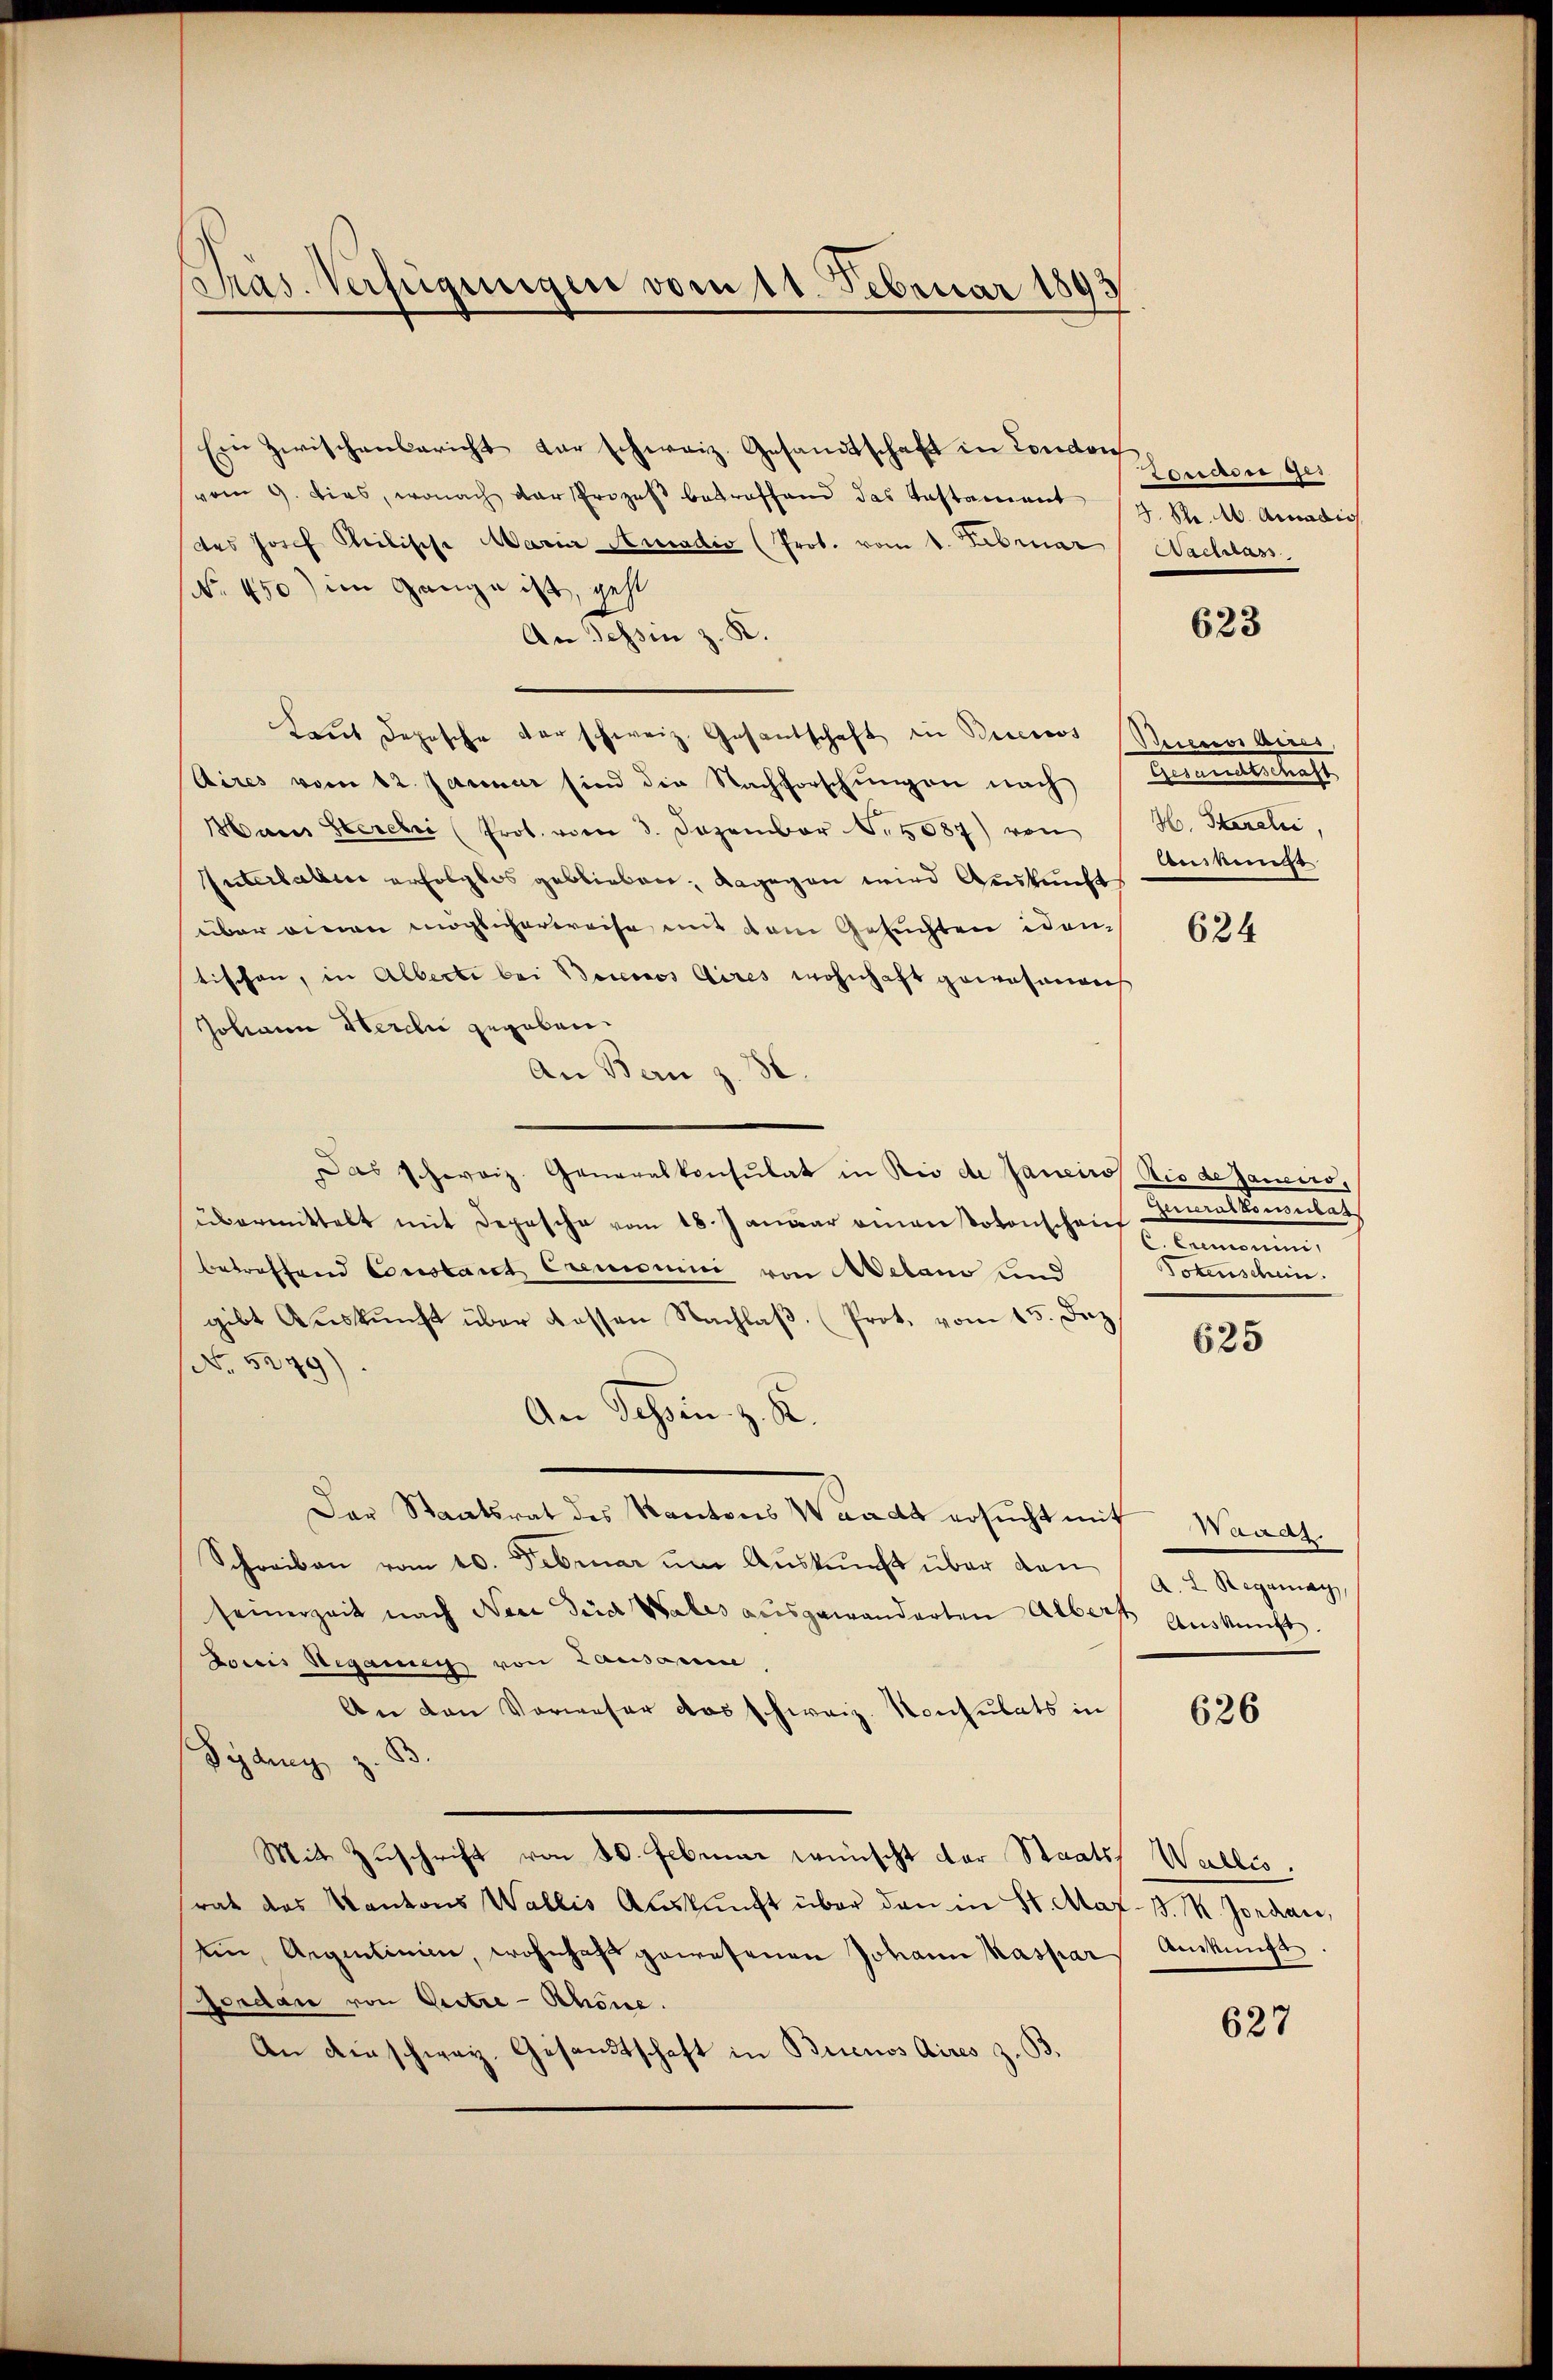
Phras. Verfügungen vom 11. Februar 1893

Ein Zwischenbericht vor schweiz. Gesamtschaft in London
vom 9. dies, wonach der Prozeß betroffend das Testament
des Josef Meilische Maria Amadio (Prot. vom 1. Februar
No. 450) im Gange ist, geht
An Tessin z. K.
Laŭt dopische der schweiz. Gesantschaft in Buenos
Aires vom 12. Januar sind die Nachforschungen nach
Hans Stercher (Prot. vom 3. Dezember 1087) von
Interhabe erfolglos geblieben, dagegen wird Auskunft
über einen möglicherweise mit dem Gesuchten iden
tischen, in Alberte bei Beronos Aires wohnhaft gewesenen
Johann Herde gegeben.
An Bau z. 30
Das Schoroiz. Generalkonsulat in Rio de Janeiro Rio de Janeiro,
übermittelt mit Depesche vom 18. Januar einen Votonschaf
Betreffend Constant Cremonini von Aetano und
gibt Auskunft über dassen Nachlaβ. Prot. vom 15. Dez.
No. 5279)
An Tessin z. K
Der Staatsrat des Kantons Waadt ersucht mit Waadt
Schreiben vom 10. Februar um Auskunft über den
seinerzeit nach Noce Tied Wales ausgewanderten Albert Auskunft.
Doris Regang von Lausanne.
An den Vorweser das schweiz. Konsulats in
Sydung z.
Mit Zuschrift von 20. Februar wünscht der Staats Wallis.
rat das Kantons Wallis Aŭskŭnft über den in St. Mag. 3. k. Jordan,
ein, Aigentinien, wohnhaft gewesenen Johann Kaspar Auskunft
Jordan von Gertre-Schöne.
An einschweiz. Gesandtschaft in Buenos Aires z. B

London, ge¬
3. St. A. Amadis
Nachlass

623

Buenos Aires,
Amtlestrafe
Ho. Storalić,
Censkums

624

Dermallimenten
e
Totenschein.

625

A. L. Regamay

626

627